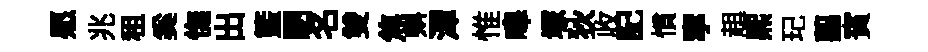
愿兆租奚憮出籃駟名雙焦㪺潭惟嗥塚狄收記慣寧趄熈玘翦賓